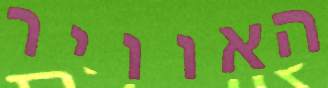
האוויר